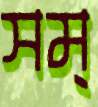
সম্